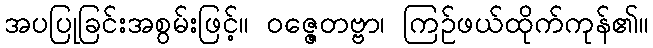
အပပြုခြင်းအစွမ်းဖြင့်။ ဝဇ္ဇေတဗ္ဗာ၊ ကြဉ်ဖယ်ထိုက်ကုန်၏။